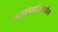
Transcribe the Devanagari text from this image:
जलापघटितघोल